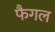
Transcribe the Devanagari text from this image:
फैगल